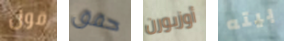
قول حقق أوزبورن بيته